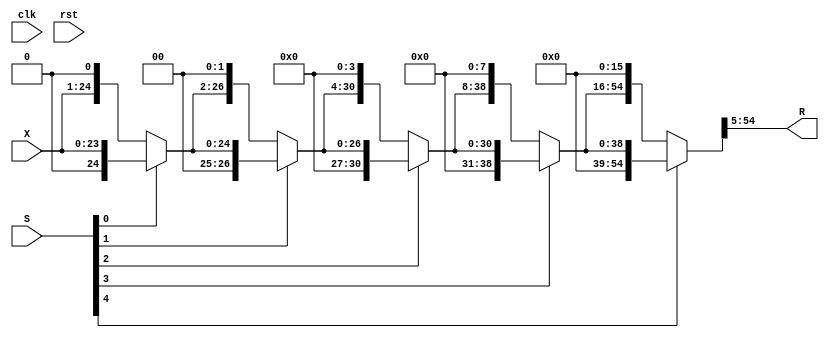
//------------------------------------------------------------------------------
//                       FPAdder_8_23_uid2_RightShifter
//                      (RightShifter_24_by_max_26_uid4)
// This operator is part of the Infinite Virtual Library FloPoCoLib
// and is distributed under the terms of the GNU Lesser General Public Licence
// with a Tobin Tax restriction (see README file for details).
//------------------------------------------------------------------------------
// no timescale needed

module FPAdder_8_23_uid2_RightShifter_l3(
clk,
rst,
X,
S,
R
);

input clk, rst;
input [23:0] X;
input [4:0] S;
output [49:0] R;

wire clk;
wire rst;
wire [23:0] X;
wire [4:0] S;
wire [49:0] R;


wire [23:0] level0;
wire [4:0] ps;
wire [24:0] level1;
wire [26:0] level2;
wire [30:0] level3;
wire [38:0] level4;
wire [54:0] level5;


  assign level0 = X;
  assign ps = S;
  assign level1 = ps[0] == 1'b1 ? {1'b0,level0} : {level0,1'b0};
  assign level2 = ps[1] == 1'b1 ? {2'b00,level1} : {level1,2'b00};
  assign level3 = ps[2] == 1'b1 ? {4'b0000,level2} : {level2,4'b0000};
  assign level4 = ps[3] == 1'b1 ? {8'b00000000,level3} : {level3,8'b00000000};
  assign level5 = ps[4] == 1'b1 ? {16'b0000000000000000,level4} : {level4,16'b0000000000000000};
  assign R = level5[54:5];

endmodule

//------------------------------------------------------------------------------
//                           IntAdder_27_f150_uid6
// This operator is part of the Infinite Virtual Library FloPoCoLib
// and is distributed under the terms of the GNU Lesser General Public Licence
// with a Tobin Tax restriction (see README file for details).
//------------------------------------------------------------------------------
// Pipeline depth: 0 cycles
// no timescale needed

module IntAdder_27_f150_uid6_l3(
clk,
rst,
X,
Y,
Cin,
R
);

input clk, rst;
input [26:0] X;
input [26:0] Y;
input Cin;
output [26:0] R;

wire clk;
wire rst;
wire [26:0] X;
wire [26:0] Y;
wire Cin;
wire [26:0] R;


  //Alternative
  assign R = X + Y + Cin;

endmodule

//------------------------------------------------------------------------------
//                   LZCShifter_28_to_28_counting_32_uid16
// This operator is part of the Infinite Virtual Library FloPoCoLib
// and is distributed under the terms of the GNU Lesser General Public Licence
// with a Tobin Tax restriction (see README file for details).
//------------------------------------------------------------------------------
// Pipeline depth: 1 cycles
// no timescale needed

module LZCShifter_28_to_28_counting_32_uid16_l3(
clk,
rst,
I,
Count,
O
);

input clk, rst;
input [27:0] I;
output [4:0] Count;
output [27:0] O;

wire clk;
wire rst;
wire [27:0] I;
wire [4:0] Count;
wire [27:0] O;
wire [27:0] level5;

wire count4; 
//reg count4_d1;
wire count4_d1;

wire [27:0] level4; 
//reg [27:0] level4_d1;
wire [27:0] level4_d1;

wire count3; 
//reg count3_d1;
wire count3_d1;

wire [27:0] level3;
wire count2;
wire [27:0] level2;
wire count1;
wire [27:0] level1;
wire count0;
wire [27:0] level0;
wire [4:0] sCount;

  assign level5 = I;
  assign count4 = level5[27:12] == 16'b0000000000000000 ? 1'b1 : 1'b0;
  assign level4 = count4 == 1'b0 ? level5[27:0] : {level5[11:0],16'b0000000000000000};
  assign count3 = level4[27:20] == 8'b00000000 ? 1'b1 : 1'b0;
  //--------------Synchro barrier, entering cycle 1----------------
  
  /* Added by Babis */
  assign count4_d1 = count4;
  assign level4_d1 = level4;
  assign count3_d1 = count3;

  assign level3 = count3_d1 == 1'b0 ? level4_d1[27:0] : {level4_d1[19:0],8'b00000000};
  assign count2 = level3[27:24] == 4'b0000 ? 1'b1 : 1'b0;
  assign level2 = count2 == 1'b0 ? level3[27:0] : {level3[23:0],4'b0000};
  assign count1 = level2[27:26] == 2'b00 ? 1'b1 : 1'b0;
  assign level1 = count1 == 1'b0 ? level2[27:0] : {level2[25:0],2'b00};
  assign count0 = level1[27:27] == 1'b0 ? 1'b1 : 1'b0;
  assign level0 = count0 == 1'b0 ? level1[27:0] : {level1[26:0],1'b0};
  assign O = level0;
  assign sCount = {count4_d1,count3_d1,count2,count1,count0};
  assign Count = sCount;

endmodule

//------------------------------------------------------------------------------
//                           IntAdder_34_f150_uid18
// This operator is part of the Infinite Virtual Library FloPoCoLib
// and is distributed under the terms of the GNU Lesser General Public Licence
// with a Tobin Tax restriction (see README file for details).
//------------------------------------------------------------------------------
// Pipeline depth: 0 cycles
// no timescale needed

module IntAdder_34_f150_uid18_l3(
clk,
rst,
X,
Y,
Cin,
R
);

input clk, rst;
input [33:0] X;
input [33:0] Y;
input Cin;
output [33:0] R;

wire clk;
wire rst;
wire [33:0] X;
wire [33:0] Y;
wire Cin;
wire [33:0] R;

  always @(posedge clk) begin
  end

  //Alternative
  assign R = X + Y + Cin;

endmodule

//------------------------------------------------------------------------------
//                             FPAdder_8_23_uid2
// This operator is part of the Infinite Virtual Library FloPoCoLib
// and is distributed under the terms of the GNU Lesser General Public Licence
// with a Tobin Tax restriction (see README file for details).
//------------------------------------------------------------------------------
// Pipeline depth: 3 cycles
// no timescale needed

module FPAdder_8_23_uid2_l3(
clk,
rst,
seq_stall,
X,
Y,
R
);

input clk, rst, seq_stall;
input [8 + 23 + 2:0] X;
input [8 + 23 + 2:0] Y;
output [8 + 23 + 2:0] R;

wire clk;
wire rst;
wire seq_stall;
wire [8 + 23 + 2:0] X;
wire [8 + 23 + 2:0] Y;
wire [8 + 23 + 2:0] R;


wire [32:0] excExpFracX;
wire [32:0] excExpFracY;
wire [8:0] eXmeY;
wire [8:0] eYmeX;
wire swap;
wire [33:0] newX; reg [33:0] newX_d1;
wire [33:0] newY;
wire [7:0] expX; reg [7:0] expX_d1;
wire [1:0] excX;
wire [1:0] excY;
wire signX;
wire signY;
wire EffSub; reg EffSub_d1; reg EffSub_d2; reg EffSub_d3;
wire [5:0] sdsXsYExnXY;
wire [3:0] sdExnXY;
wire [23:0] fracY;
reg [1:0] excRt; reg [1:0] excRt_d1; reg [1:0] excRt_d2; reg [1:0] excRt_d3;
wire signR; reg signR_d1; reg signR_d2; reg signR_d3;
wire [8:0] expDiff;
wire shiftedOut;
wire [4:0] shiftVal;
wire [49:0] shiftedFracY; 

wire sticky;
wire [26:0] fracYfar;
wire [26:0] fracYfarXorOp;
wire [26:0] fracXfar;
wire cInAddFar;
wire [26:0] fracAddResult;
wire [27:0] fracGRS;

//added by Babis
reg [27:0] fracGRS_d1;

wire [9:0] extendedExpInc; reg [9:0] extendedExpInc_d1; reg [9:0] extendedExpInc_d2;
wire [4:0] nZerosNew; reg [4:0] nZerosNew_d1;
wire [27:0] shiftedFrac; 
reg [27:0] shiftedFrac_d1;

//reg [49:0] shiftedFracY_d1;

/* Added by Babis */
reg [4:0] shiftVal_d1;
reg [23:0] fracY_d1;

wire [9:0] updatedExp;
wire eqdiffsign;
wire [33:0] expFrac;
wire stk; reg stk_d1;
wire rnd; reg rnd_d1;
wire grd; reg grd_d1;
wire lsb; reg lsb_d1;
wire addToRoundBit;
wire [33:0] RoundedExpFrac;
wire [1:0] upExc;
wire [22:0] fracR;
wire [7:0] expR;
wire [3:0] exExpExc;
reg [1:0] excRt2;
wire [1:0] excR;
wire [33:0] computedR;

  always @(posedge clk) begin
    if(rst == 1'b1) begin
      newX_d1 <= {34{1'b0}};
      expX_d1 <= {8{1'b0}};
      EffSub_d1 <= 1'b 0;
      EffSub_d2 <= 1'b 0;
      EffSub_d3 <= 1'b 0;
      excRt_d1 <= {2{1'b0}};
      excRt_d2 <= {2{1'b0}};
      excRt_d3 <= {2{1'b0}};
      signR_d1 <= 1'b0;
      signR_d2 <= 1'b0;
      signR_d3 <= 1'b0;
      //shiftedFracY_d1 <= {50{1'b0}};
      /* Added by Babis */
      shiftVal_d1 <= {4{1'b0}};  
	   fracY_d1 <= {24{1'b0}};
      fracGRS_d1 <= {28{1'b0}}; 
      
	  extendedExpInc_d1 <= {10{1'b0}};
      extendedExpInc_d2 <= {10{1'b0}};
      nZerosNew_d1 <= {5{1'b0}};
      shiftedFrac_d1 <= {28{1'b0}};
      stk_d1 <= 1'b 0;
      rnd_d1 <= 1'b 0;
      grd_d1 <= 1'b 0;
      lsb_d1 <= 1'b 0;
    end
    else begin
      if(~seq_stall) begin
        newX_d1 <= newX;
        expX_d1 <= expX;
        EffSub_d1 <= EffSub;
        EffSub_d2 <= EffSub_d1;
        EffSub_d3 <= EffSub_d2;
        excRt_d1 <= excRt;
        excRt_d2 <= excRt_d1;
        excRt_d3 <= excRt_d2;
        signR_d1 <= signR;
        signR_d2 <= signR_d1;
        signR_d3 <= signR_d2;
        //shiftedFracY_d1 <= shiftedFracY;
       	/* Added by Babis */
        shiftVal_d1 <= shiftVal; 
		fracY_d1 <= fracY;      
        fracGRS_d1 <= fracGRS;
        
		extendedExpInc_d1 <= extendedExpInc;
        extendedExpInc_d2 <= extendedExpInc_d1;
        nZerosNew_d1 <= nZerosNew;
        shiftedFrac_d1 <= shiftedFrac;
        stk_d1 <= stk;
        rnd_d1 <= rnd;
        grd_d1 <= grd;
        lsb_d1 <= lsb;
      end
    end
  end

  // Exponent difference and swap  --
  assign excExpFracX = {X[33:32],X[30:0]};
  assign excExpFracY = {Y[33:32],Y[30:0]};
  assign eXmeY = ({1'b0,X[30:23]}) - ({1'b0,Y[30:23]});
  assign eYmeX = ({1'b0,Y[30:23]}) - ({1'b0,X[30:23]});
  assign swap = excExpFracX >= excExpFracY ? 1'b0 : 1'b1;
  assign newX = swap == 1'b0 ? X : Y;
  assign newY = swap == 1'b0 ? Y : X;
  assign expX = newX[30:23];
  assign excX = newX[33:32];
  assign excY = newY[33:32];
  assign signX = newX[31];
  assign signY = newY[31];
  assign EffSub = signX ^ signY;
  assign sdsXsYExnXY = {signX,signY,excX,excY};
  assign sdExnXY = {excX,excY};
  assign fracY = excY == 2'b00 ? 24'b000000000000000000000000 : {1'b1, newY[22:0]};
  always @(*) begin
    case(sdsXsYExnXY)
      6'b000000,6'b010000,6'b100000,6'b110000 : excRt <= 2'b00;
      6'b000101,6'b010101,6'b100101,6'b110101,6'b000100,6'b010100,6'b100100,6'b110100,6'b000001,6'b010001,6'b100001,6'b110001 : excRt <= 2'b01;
      6'b111010,6'b001010,6'b001000,6'b011000,6'b101000,6'b111000,6'b000010,6'b010010,6'b100010,6'b110010,6'b001001,6'b011001,6'b101001,6'b111001,6'b000110,6'b010110,6'b100110,6'b110110 : excRt <= 2'b10;
      default : excRt <= 2'b11;
    endcase
  end

  assign signR = (sdsXsYExnXY == 6'b100000 || sdsXsYExnXY == 6'b010000) ? 1'b0 : signX;
  //-------------- cycle 0----------------
  assign expDiff = swap == 1'b0 ? eXmeY : eYmeX;
  assign shiftedOut = (expDiff >= 25) ? 1'b1 : 1'b0;
  assign shiftVal = shiftedOut == 1'b0 ? expDiff[4:0] : 5'b11010;
  FPAdder_8_23_uid2_RightShifter_l3 RightShifterComponent(
      .clk(clk),
    .rst(rst),
    .R(shiftedFracY),
    .S(shiftVal_d1),
    .X(fracY_d1));

  //--------------Synchro barrier, entering cycle 1----------------
  assign sticky = (shiftedFracY[23:0] == 23'b00000000000000000000000) ? 1'b0 : 1'b1;
  //-------------- cycle 0----------------
  //--------------Synchro barrier, entering cycle 1----------------
  assign fracYfar = {1'b0,shiftedFracY[49:24]};
  assign fracYfarXorOp = fracYfar ^ ({EffSub_d1,EffSub_d1,EffSub_d1,EffSub_d1,EffSub_d1,EffSub_d1,EffSub_d1,EffSub_d1,EffSub_d1,EffSub_d1,EffSub_d1,EffSub_d1,EffSub_d1,EffSub_d1,EffSub_d1,EffSub_d1,EffSub_d1,EffSub_d1,EffSub_d1,EffSub_d1,EffSub_d1,EffSub_d1,EffSub_d1,EffSub_d1,EffSub_d1,EffSub_d1,EffSub_d1});
  assign fracXfar = {2'b01,(newX_d1[22:0]),2'b00};
  assign cInAddFar = EffSub_d1 &  ~sticky;
  IntAdder_27_f150_uid6_l3 fracAdder(
      .clk(clk),
    .rst(rst),
    .Cin(cInAddFar),
    .R(fracAddResult),
    .X(fracXfar),
    .Y(fracYfarXorOp));

  assign fracGRS = {fracAddResult,sticky};
  assign extendedExpInc = ({2'b 00,expX_d1}) + 1'b 1;
  LZCShifter_28_to_28_counting_32_uid16_l3 LZC_component(
      .clk(clk),
    .rst(rst),
    .Count(nZerosNew),
    .I(fracGRS_d1), /* Added by Babis */
    .O(shiftedFrac));

  //--------------Synchro barrier, entering cycle 2----------------
  //--------------Synchro barrier, entering cycle 3----------------
  assign updatedExp = extendedExpInc_d2 - ({5'b00000,nZerosNew_d1});
  assign eqdiffsign = nZerosNew_d1 == 5'b11111 ? 1'b1 : 1'b0;
  assign expFrac = {updatedExp,shiftedFrac_d1[26:3]};
  //-------------- cycle 2----------------
  assign stk = shiftedFrac[1] | shiftedFrac[0];
  assign rnd = shiftedFrac[2];
  assign grd = shiftedFrac[3];
  assign lsb = shiftedFrac[4];
  //--------------Synchro barrier, entering cycle 3----------------
  assign addToRoundBit = (lsb_d1 == 1'b 0 && grd_d1 == 1'b 1 && rnd_d1 == 1'b 0 && stk_d1 == 1'b 0) ? 1'b 0 : 1'b 1;
  IntAdder_34_f150_uid18_l3 roundingAdder(
      .clk(clk),
    .rst(rst),
    .Cin(addToRoundBit),
    .R(RoundedExpFrac),
    .X(expFrac),
    .Y(34'b0000000000000000000000000000000000));

  //-------------- cycle 3----------------
  assign upExc = RoundedExpFrac[33:32];
  assign fracR = RoundedExpFrac[23:1];
  assign expR = RoundedExpFrac[31:24];
  assign exExpExc = {upExc,excRt_d3};
  always @(*) begin
    case((exExpExc))
      4'b 0000,4'b 0100,4'b 1000,4'b 1100,4'b 1001,4'b 1101 : excRt2 <= 2'b 00;
      4'b 0001 : excRt2 <= 2'b 01;
      4'b 0010,4'b 0110,4'b 0101 : excRt2 <= 2'b 10;
      default : excRt2 <= 2'b 11;
    endcase
  end

  assign excR = (eqdiffsign == 1'b 1 && EffSub_d3 == 1'b 1) ? 2'b 00 : excRt2;
  assign computedR = {excR,signR_d3,expR,fracR};
  assign R = computedR;

endmodule